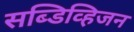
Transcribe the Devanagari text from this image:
सब्डिव्हिजन